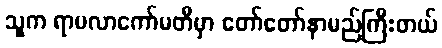
သူက ရာမလာကော်မတီမှာ တော်တော်နာမည်ကြီးတယ်